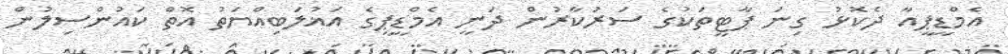
އެމްޑީޕީއާ ދެކޮޅު ގިނަ ޕާޓީތަކުގެ ސަރުކާރުން ދަނީ އެމްޑީޕީގެ އަޣުލަބިއްޔަތު އޮތް ކައުންސިލުން